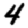
Digit: 4